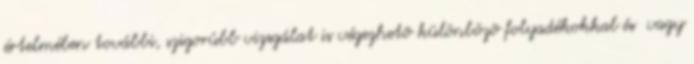
értelmében további, szigorúbb vizsgálat is végezhetõ különbözõ folyadékokkal és vagy